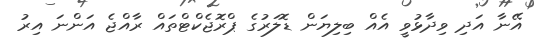
އޭނާ އަދި ވިދާޅުވީ އެއް ބިލިޔަން ޑޮލަރުގެ ޕްރޮޖެކްޓްތައް ރާއްޖެ އަންނަ އިރު